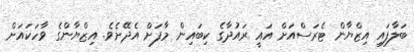
ބަލާފައި އިޒްޔާން ޓެރަސްއަށް އައީ ރައުދާގެ ކިބައިން މާފަށް އެދޭށެވެ. އިޒްޔާންގެ ވާހަކައަށް